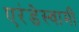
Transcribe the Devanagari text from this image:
एरंडेस्वामी